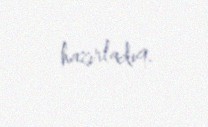
hazırladıq.